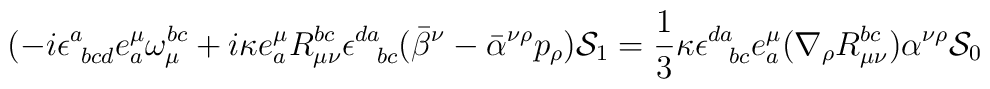
(-i\epsilon^a_{~bcd}e^\mu_a\omega_\mu^{bc}+i\kappa e^\mu_a R^{bc}_{\mu\nu}	\epsilon^{da}_{~~bc}(\bar{\beta}^\nu-\bar{\alpha}^{\nu\rho}p_\rho){\cal S}_1	= \frac{1}{3}\kappa\epsilon^{da}_{~~bc}e^\mu_a(\nabla_\rho R_{\mu\nu}^{bc})	\alpha^{\nu\rho}{\cal S}_0